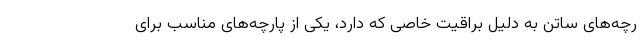
رچه‌های ساتن به دلیل براقیت خاصی که دارد، یکی از پارچه‌های مناسب برای